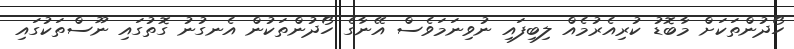
ހޯދުންތަކަށް މާބޮޑު ކުރިއެރުމެއް ލިބިފައި ނުވިނަމަވެސް އޭނާގެ ހޯދުންތަކުން އެނގުނު ގޮތުގައި ނޫސްތަކުގައި